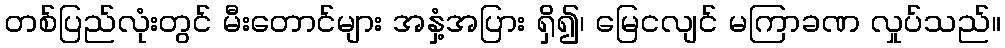
တစ်ပြည်လုံးတွင် မီးတောင်များ အနှံ့အပြား ရှိ၍၊ မြေငလျင် မကြာခဏ လှုပ်သည်။